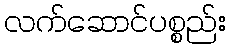
လက်ဆောင်ပစ္စည်း